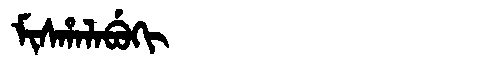
Manchu: ᠮᡳᠰᡥᠠᠯᠠᠪᡠᡴᡳ
Romanization: MISHALABUKI